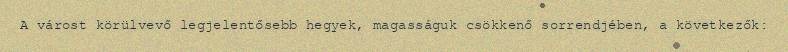
A várost körülvevő legjelentősebb hegyek, magasságuk csökkenő sorrendjében, a következők: